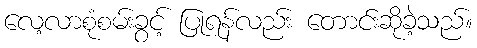
လေ့လာစုံစမ်းခွင့် ပြုရန်လည်း တောင်းဆိုခဲ့သည်။